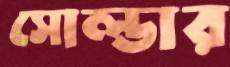
সোল্ডার